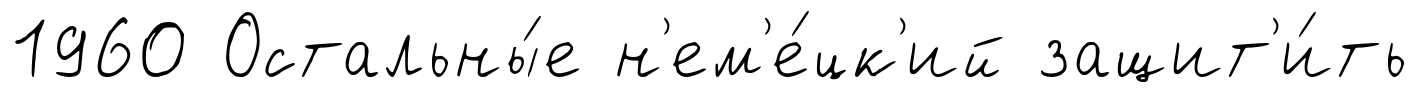
1960 Остальны́е н'ем'е́цк'ий защит'и́ть